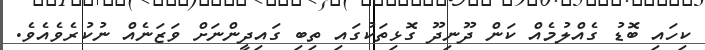
ކިހައި ބޮޑު ގެއްލުމެއް ކަން ދޫނިދޫ ގޮޅިތަކުގައި ތިބި ގައިދީންނަށް ވަޒަނެއް ނުކުރެވެއެވެ.